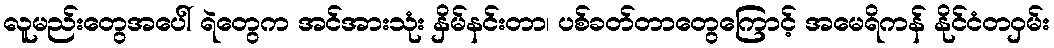
လူမည်းတွေအပေါ် ရဲတွေက အင်အားသုံး နှိမ်နင်းတာ၊ ပစ်ခတ်တာတွေကြောင့် အမေရိကန် နိုင်ငံတဝှမ်း